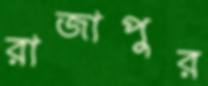
রাজাপুর